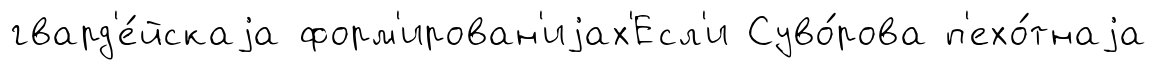
гвард'е́йскаjа форм'ирован'иjах'Есл'и Суво́рова п'ехо́тнаjа